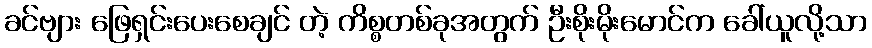
ခင်ဗျား ဖြေရှင်းပေးစေချင် တဲ့ ကိစ္စတစ်ခုအတွက် ဦးစိုးမိုးမောင်က ခေါ်ယူလို့သာ